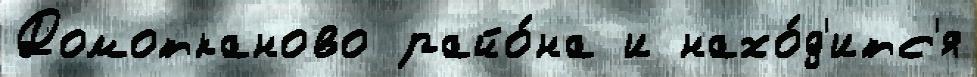
Домотканово райо́на и нахо́д'итс'я